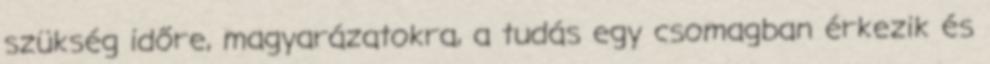
szükség időre, magyarázatokra, a tudás egy csomagban érkezik és